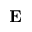
\mathbf { E }